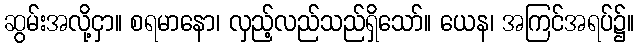
ဆွမ်းအလို့ငှာ။ စရမာနော၊ လှည့်လည်သည်ရှိသော်။ ယေန၊ အကြင်အရပ်၌။